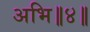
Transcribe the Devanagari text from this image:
अभि॥४॥